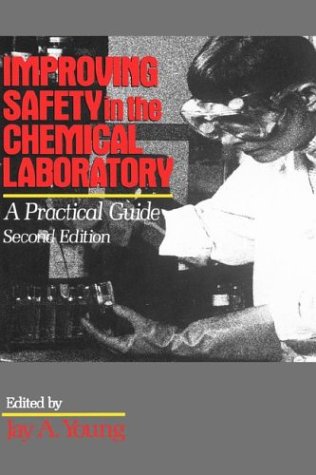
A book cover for Improving Safety in the Chemical Laboratory: A Practical Guide; Science & Math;